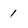
Character: 1